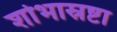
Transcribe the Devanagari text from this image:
शोभास्रष्टा